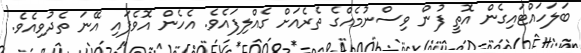
ބަލަހައްޓައިގެން އޮތީ ފުން ވިސްނުމެއްގެ ތެރެއަށް ގެއްލިފައެވެ. އެހެން އޮވެފައި އޭނަ ތެދުވިއެވެ.